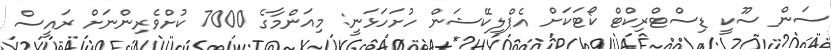
ސަން ސޫކީ ޑިސްޓްރިކްޓް ކޯޓަކަށް އެޕްލިކޭޝަން ހުށަހަޅަނީ: މިއަންމާގެ 7000 ކުށްވެރިންނަށް ރައީސް